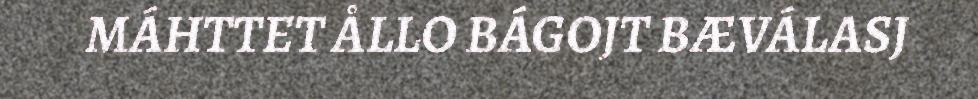
MÁHTTET ÅLLO BÁGOJT BÆVÁLASJ